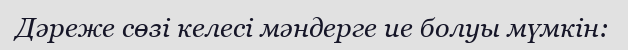
Дәреже сөзі келесі мәндерге ие болуы мүмкін: